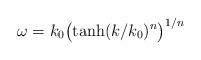
LaTeX: \begin{align*}\omega=k_0 \bigl(\tanh(k/k_0)^n\bigr)^{1/n}\end{align*}